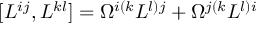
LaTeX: [ L ^ { i j } , L ^ { k l } ] = \Omega ^ { i ( k } L ^ { l ) j } + \Omega ^ { j ( k } L ^ { l ) i }